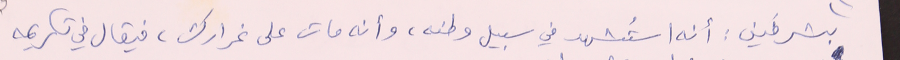
بشرفَين : أنه استُشهد في سبيل وطنه، وأنه مات على غرارك، فيقال في تكريمه